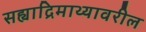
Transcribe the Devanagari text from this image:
सह्याद्रिमाथ्यावरील